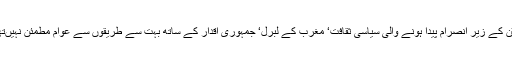
پیوٹن کے زیر انصرام پیدا ہونے والی سیاسی ثقافت‘ مغرب کے لبرل‘ جمہوری اقدار کے ساتھ بہت سے طریقوں سے عوام مطمئن نہیںتھے۔